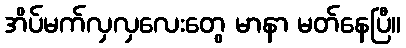
အိပ်မက်လှလှလေးတွေ မာနာ မတ်နေပြီ။